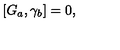
\left[ G _ { a } , \gamma _ { b } \right] = 0 ,